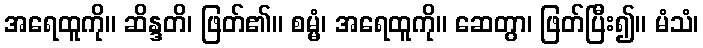
အရေထူကို။ ဆိန္ဒတိ၊ ဖြတ်၏။ စမ္မံ၊ အရေထူကို။ ဆေတွာ၊ ဖြတ်ပြီး၍။ မံသံ၊